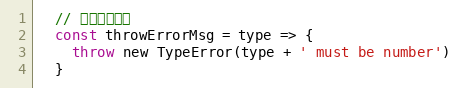
Language: JavaScript
  // 抛出错误信息
  const throwErrorMsg = type => {
    throw new TypeError(type + ' must be number')
  }